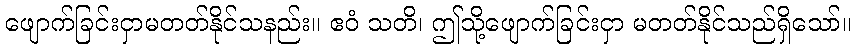
ဖျောက်ခြင်းငှာမတတ်နိုင်သနည်း။ ဧဝံ သတိ၊ ဤသို့ဖျောက်ခြင်းငှာ မတတ်နိုင်သည်ရှိသော်။